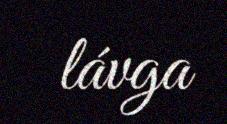
lávga